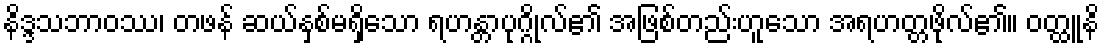
နိဒ္ဒသဘာဝဿ၊ တဖန် ဆယ်နှစ်မရှိသော ရဟန္တာပုဂ္ဂိုလ်၏ အဖြစ်တည်းဟူသော အရဟတ္တဖိုလ်၏။ ဝတ္ထူနိ